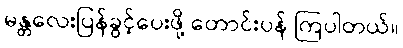
မန္တလေးပြန်ခွင့်ပေးဖို့ တောင်းပန် ကြပါတယ်။